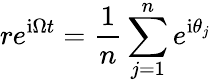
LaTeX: re^{\mathrm{i}\Omega t}=\frac{1}{n}\sum_{j=1}^{n}e^{\mathrm{i}\theta_{j}}